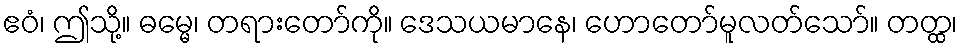
ဧဝံ၊ ဤသို့။ ဓမ္မေ၊ တရားတော်ကို။ ဒေသယမာနေ၊ ဟောတော်မူလတ်သော်။ တတ္ထ၊